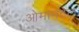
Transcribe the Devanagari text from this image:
ओमानटेल